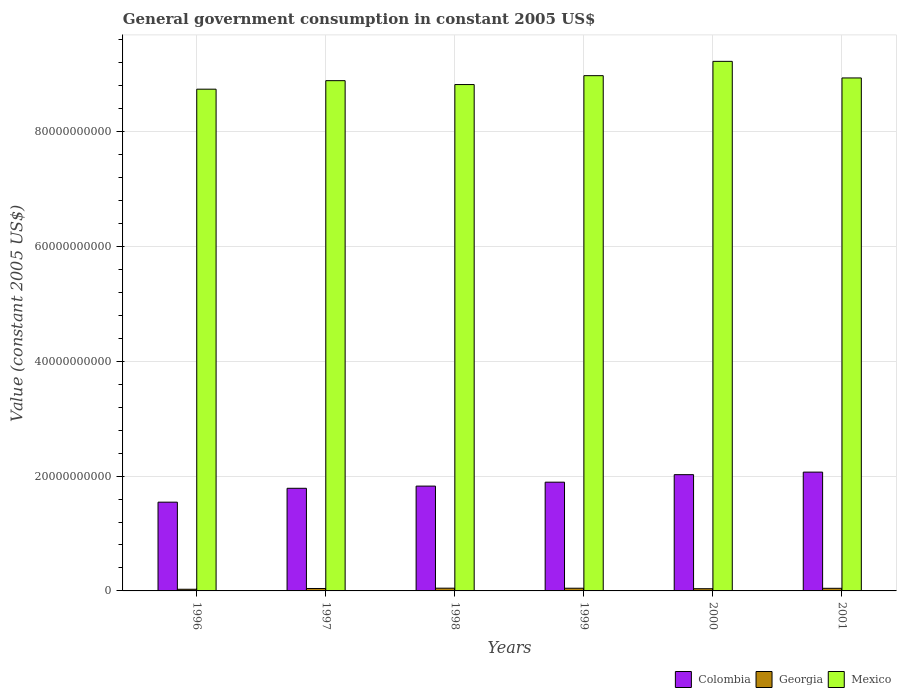
| Years | Colombia | Georgia | Mexico |
 | --- | --- | --- | --- |
 | 1996 | 1.55e+10 | 2.9e+08 | 8.74e+10 |
 | 1997 | 1.79e+10 | 4.24e+08 | 8.89e+10 |
 | 1998 | 1.83e+10 | 4.76e+08 | 8.82e+10 |
 | 1999 | 1.89e+10 | 4.7e+08 | 8.98e+10 |
 | 2000 | 2.03e+10 | 3.84e+08 | 9.22e+10 |
 | 2001 | 2.07e+10 | 4.55e+08 | 8.94e+10 |